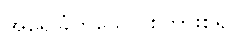
အရေခြုံဟူသော စကားစ၍